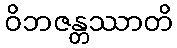
ဝိဘဇန္တဿာတိ